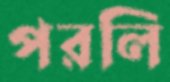
পরলি